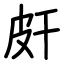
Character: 皯